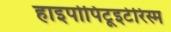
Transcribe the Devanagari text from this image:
हाइपोपिटूइटेरिस्म